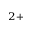
^ { 2 + }